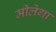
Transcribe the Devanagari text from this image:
मीलेगा